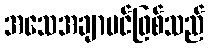
အသေအချာပင်ဖြစ်သည်